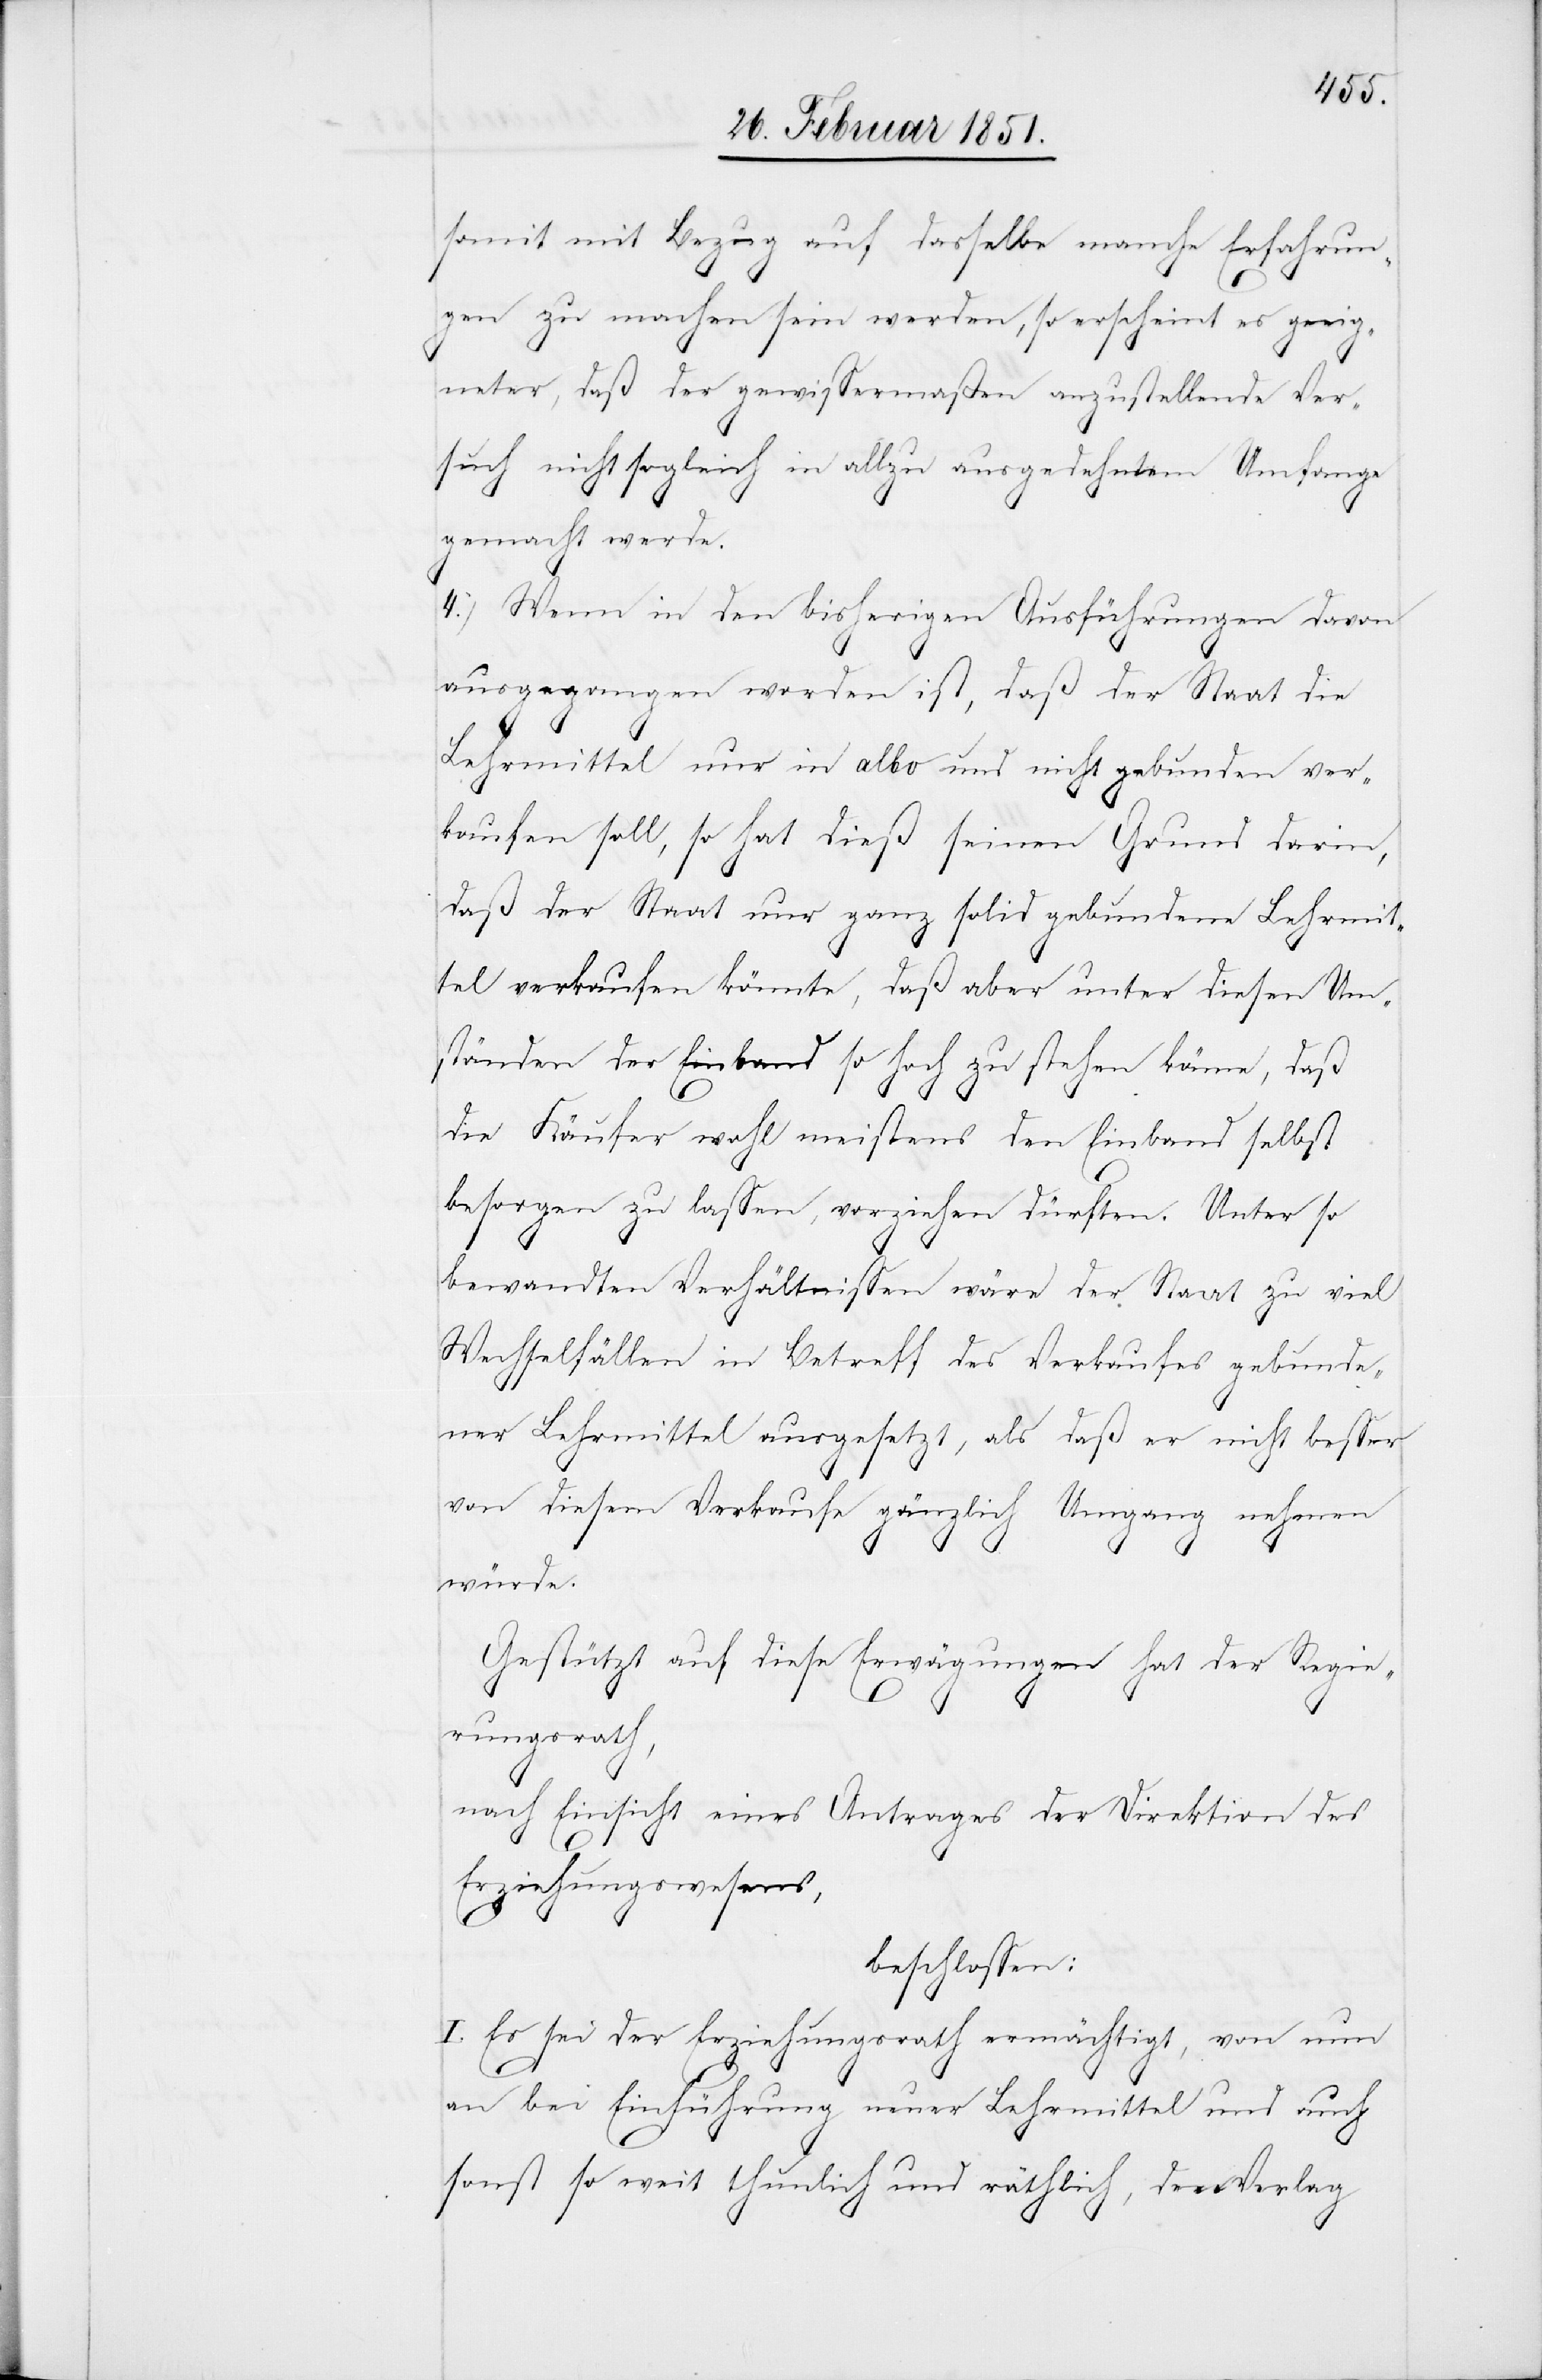
somit mit Bezug auf dasselbe manche Erfahrun¬
gen zu machen sein werden, so erscheint es geeig¬
neter, daß der gewissermaßen anzustellende Ver¬
such nicht sogleich in allzu ausgedehntem Umfange
gemacht werde.
4.) Wenn in den bisherigen Ausführungen davon
ausgegangen worden ist, daß der Staat die
Lehrmittel nur in albo und nicht gebunden ver¬
kaufen soll, so hat dieß seinen Grund darin,
daß der Staat nur ganz solid gebundene Lehrmit¬
tel verkaufen könnte, daß aber unter diesen Um¬
ständen der Einband so hoch zu stehen käme, daß
die Käufer wohl meistens den Einband selbst
besorgen zu lassen, vorziehen dürften. Unter so
bewandten Verhältnissen wäre der Staat zu viel
Wechselfällen in Betreff des Verkaufes gebunde¬
ner Lehrmittel ausgesetzt, als daß er nicht besser
von diesem Verkaufe gänzlich Umgang nehmen
würde.
Gestützt auf diese Erwägungen hat der Regie¬
rungsrath,
nach Einsicht eines Antrages der Direktion des
Erziehungswesens,
beschlossen:
I. Es sei der Erziehungsrath ermächtigt, von nun
an bei Einführung neuer Lehrmittel und auch
sonst so weit thunlich und räthlich, den Verlag